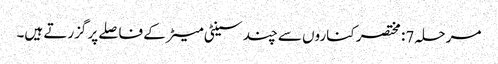
مرحلہ 7: مختصر کناروں سے چند سینٹی میٹر کے فاصلے پر گزرتے ہیں۔